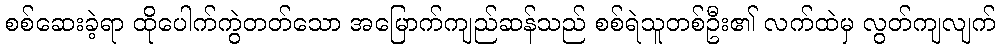
စစ်ဆေးခဲ့ရာ ထိုပေါက်ကွဲတတ်သော အမြောက်ကျည်ဆန်သည် စစ်ရဲသူတစ်ဦး၏ လက်ထဲမှ လွတ်ကျလျက်